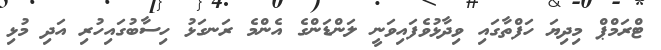
ޓްރަމްޕް މިދިޔަ ހަފްތާގައި ވިދާޅުވެފައިވަނީ ލަންޑަންގެ އެންމެ ރަނގަޅު ހިސާބުގައިހުރި އަދި މުޅި